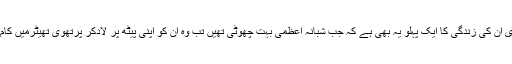
جدو جہد سے بھری ان کی زندگی کا ایک پہلو یہ بھی ہے کہ جب شبانہ اعظمی بہت چھوٹی تھیں تب وہ ان کو اپنی پیٹھ پر لاد‌کر پرتھوی تھیٹرمیں کام کرنے جاتی تھیں۔